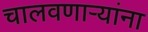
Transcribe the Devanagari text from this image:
चालवणार्‍यांना